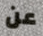
عن